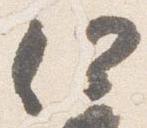
何